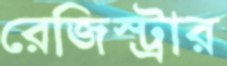
রেজিস্ট্রার